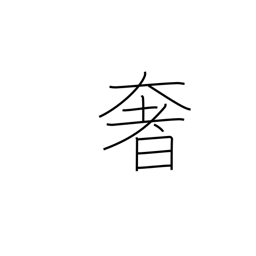
Meaning: luxury